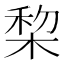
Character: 棃